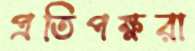
প্রতিপক্ষরা